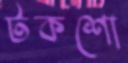
টকশো